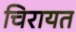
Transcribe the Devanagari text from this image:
चिरायत